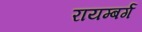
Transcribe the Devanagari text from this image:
रायम्बर्ग